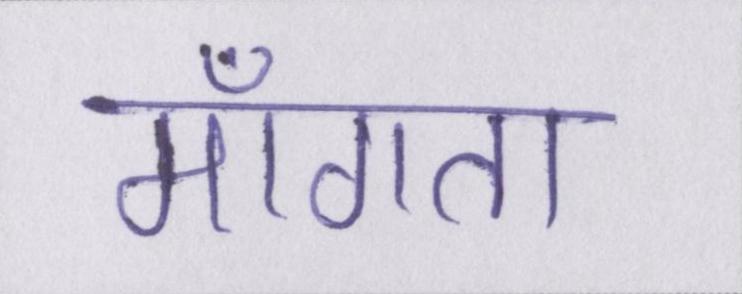
माँगता